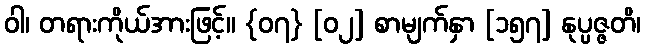
ဝါ၊ တရားကိုယ်အားဖြင့်။ {၀၇} [၀၂] စာမျက်နှာ [၁၅၇] နုပ္ပဇ္ဇတိ၊